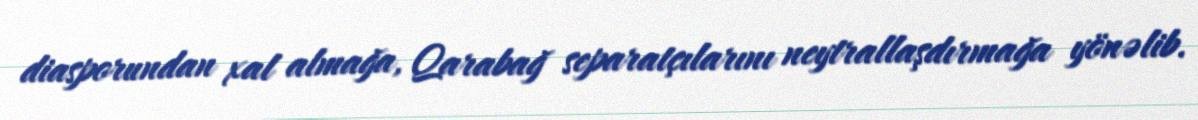
diasporundan xal almağa, Qarabağ separatçılarını neytrallaşdırmağa yönəlib.